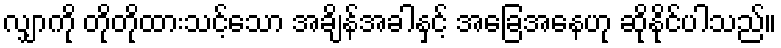
လျှာကို တိုတိုထားသင့်သော အချိန်အခါနှင့် အခြေအနေဟု ဆိုနိုင်ပါသည်။